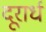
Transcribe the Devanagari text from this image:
दूरार्ध